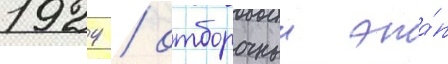
1924 / отборочныи эта́п